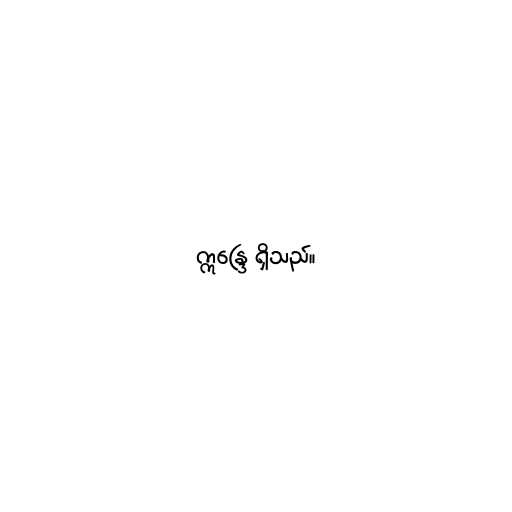
ဣန္ဒြေ ရှိသည်။